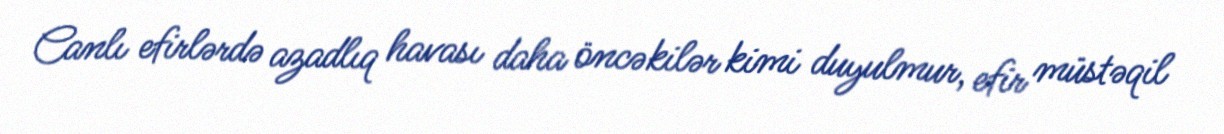
Canlı efirlərdə azadlıq havası daha öncəkilər kimi duyulmur, efir müstəqil